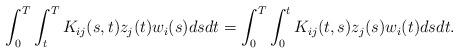
LaTeX: \begin{align*}{}\int_{0}^{T}\int_{t}^{T}K_{ij}(s,t)z_{j}(t)w_{i}(s)dsdt=\int_{0}^{T}\int_{0}^{t}K_{ij}(t,s)z_{j}(s)w_{i}(t)dsdt.\end{align*}